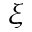
\xi